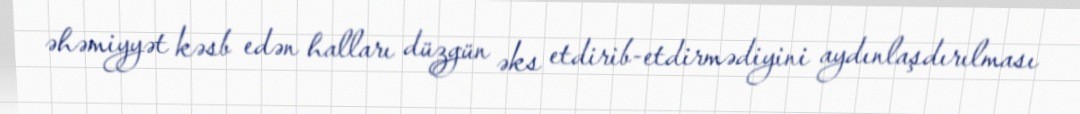
əhəmiyyət kəsb edən halları düzgün əks etdirib-etdirmədiyini aydınlaşdırılması